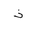
Letter: _thal